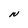
Character: N